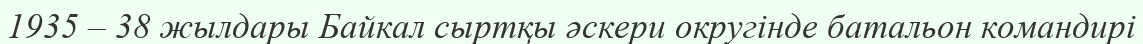
1935 – 38 жылдары Байкал сыртқы әскери округінде батальон командирі